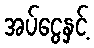
အပ်ငွေနှင့်